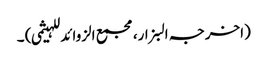
(اخرجہ البزار،مجمع الزوائد للہیثمی) ۔